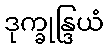
ဒုက္ခုန္ဒြယံ